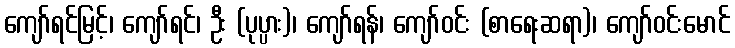
ကျော်ရင်မြင့်၊ ကျော်ရင်၊ ဦး (ပုပ္ပား)၊ ကျော်ရန်၊ ကျော်ဝင်း (စာရေးဆရာ)၊ ကျော်ဝင်းမောင်